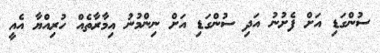
ސުންގަޑި އަށް ފެށުނު އަދި ސުންގަޑި އަށް ނިންމުނު އިމާރާތެއް ހުރިއްޔާ އެއީ